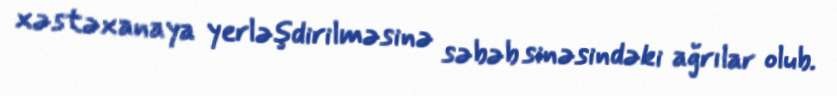
xəstəxanaya yerləşdirilməsinə səbəb sinəsindəki ağrılar olub.